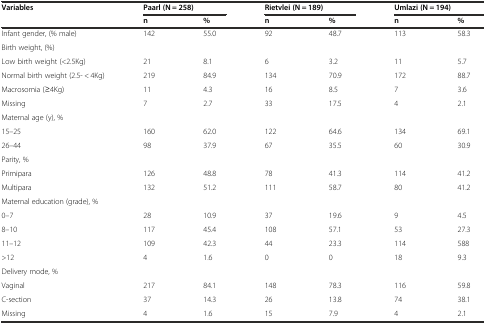
<table><thead><tr><td><b>Variables</b></td><td colspan="2"><b>Paarl (N = 258)</b></td><td colspan="2"><b>Rietvlei (N = 189)</b></td><td colspan="2"><b>Umlazi (N = 194)</b></td></tr><tr><td></td><td><b>n</b></td><td><b>%</b></td><td><b>n</b></td><td><b>%</b></td><td><b>n</b></td><td><b>%</b></td></tr></thead><tbody><tr><td>Infant gender, (% male)</td><td>142</td><td>55.0</td><td>92</td><td>48.7</td><td>113</td><td>58.3</td></tr><tr><td>Birth weight, (%)</td><td></td><td></td><td></td><td></td><td></td><td></td></tr><tr><td>Low birth weight (&lt;2.5Kg)</td><td>21</td><td>8.1</td><td>6</td><td>3.2</td><td>11</td><td>5.7</td></tr><tr><td>Normal birth weight (2.5- &lt; 4Kg)</td><td>219</td><td>84.9</td><td>134</td><td>70.9</td><td>172</td><td>88.7</td></tr><tr><td>Macrosomia (≥4Kg)</td><td>11</td><td>4.3</td><td>16</td><td>8.5</td><td>7</td><td>3.6</td></tr><tr><td>Missing</td><td>7</td><td>2.7</td><td>33</td><td>17.5</td><td>4</td><td>2.1</td></tr><tr><td>Maternal age (y), %</td><td></td><td></td><td></td><td></td><td></td><td></td></tr><tr><td>15–25</td><td>160</td><td>62.0</td><td>122</td><td>64.6</td><td>134</td><td>69.1</td></tr><tr><td>26–44</td><td>98</td><td>37.9</td><td>67</td><td>35.5</td><td>60</td><td>30.9</td></tr><tr><td>Parity, %</td><td></td><td></td><td></td><td></td><td></td><td></td></tr><tr><td>Primipara</td><td>126</td><td>48.8</td><td>78</td><td>41.3</td><td>114</td><td>41.2</td></tr><tr><td>Multipara</td><td>132</td><td>51.2</td><td>111</td><td>58.7</td><td>80</td><td>41.2</td></tr><tr><td>Maternal education (grade), %</td><td></td><td></td><td></td><td></td><td></td><td></td></tr><tr><td>0–7</td><td>28</td><td>10.9</td><td>37</td><td>19.6</td><td>9</td><td>4.5</td></tr><tr><td>8–10</td><td>117</td><td>45.4</td><td>108</td><td>57.1</td><td>53</td><td>27.3</td></tr><tr><td>11–12</td><td>109</td><td>42.3</td><td>44</td><td>23.3</td><td>114</td><td>588</td></tr><tr><td>&gt;12</td><td>4</td><td>1.6</td><td>0</td><td>0</td><td>18</td><td>9.3</td></tr><tr><td>Delivery mode, %</td><td></td><td></td><td></td><td></td><td></td><td></td></tr><tr><td>Vaginal</td><td>217</td><td>84.1</td><td>148</td><td>78.3</td><td>116</td><td>59.8</td></tr><tr><td>C-section</td><td>37</td><td>14.3</td><td>26</td><td>13.8</td><td>74</td><td>38.1</td></tr><tr><td>Missing</td><td>4</td><td>1.6</td><td>15</td><td>7.9</td><td>4</td><td>2.1</td></tr></tbody></table>